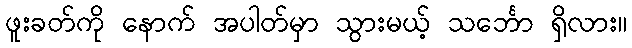
ဖူးခတ်ကို နောက် အပါတ်မှာ သွားမယ့် သင်္ဘော ရှိလား။